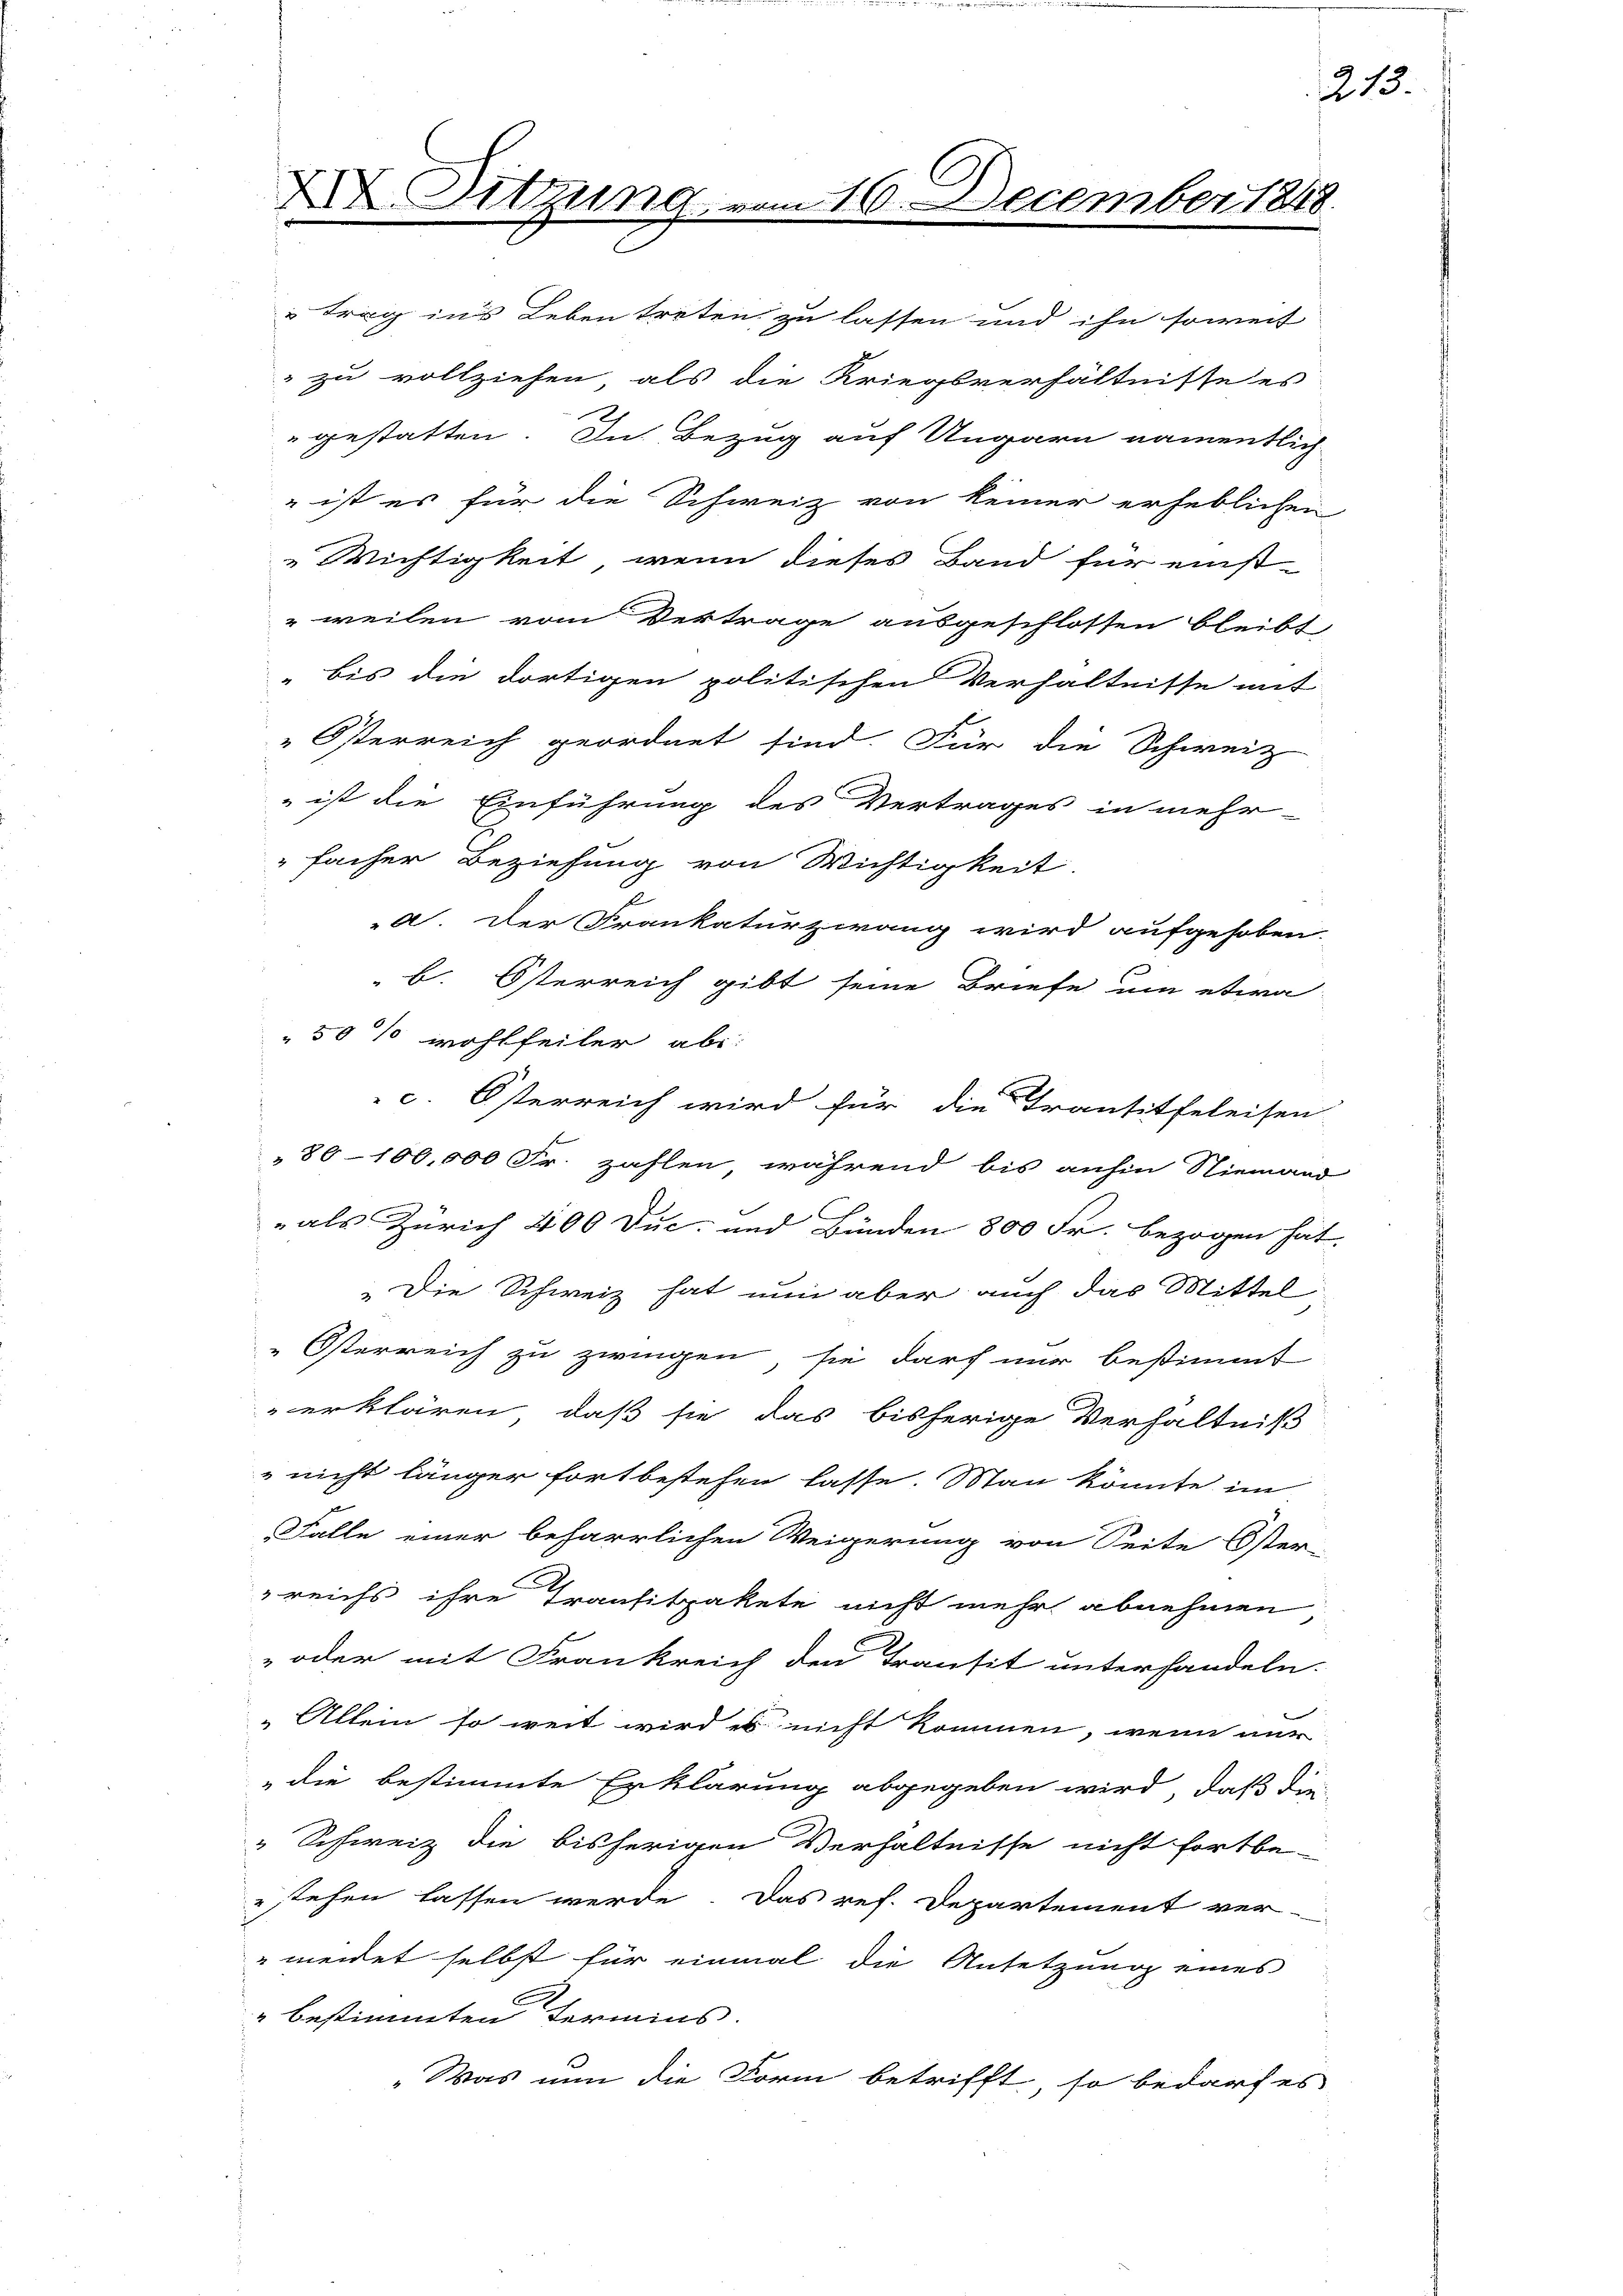
facher Beziehung von Wichtigkeit.
a. Der Frankaturzwang wird aufgehoben.
B. Österreich gibt seine Briefe um etwa
50% wohlfeiler ab:
c. Österreich wird für die Trantiteleisen
80–100,000 Fr. zahlen, während bis anhin Niemand
" als Zürich 400 Duc- und Bünden 800 Fr. bezogen hat
„Die Schweiz hat nun aber auch das Mittel
"Österreich zu zwingen, sie durch nur bestimmt
erklären, daß sie das bisherige Verhältniß
nicht länger fortbestehen lasse. Man könnte im
Falle einer beharrlichen Weigerung von Seite Öster-
reichs ihre Transitzakete nicht mehr abnehmen
-oder mit Frankreich den Transit unterhandeln.
„Allein so weit wird es nicht kommen, wenn nur
die bestimmte Erklärung abgegeben wird, daß die
" Schweiz die bisherigen Verhältnisse nicht fortbe-
stehen lassen werde. Das ref. Departement ver-
"meidet selbst für einmal die Ansetzung eines
" bestimmten Termins.
„Was nun die Form betrifft, so bedarf es

X Sitzung vom 16. December 1848.

213.

" trag in’s Leben treten zu lassen und ihn soweit
 zu vollziehen, als die Kriegsverhältnisse es
"gestatten. In Bezug auf Ungarn namentlich
 ist es für die Schweiz von keiner erheblichen
Wichtigkeit, wenn dieses Band für einst-
 weilen vom Vertrage ausgeschlossen bleibt,
 bis die dortigen politischen Verhältnisse mit
"Österreich geordnet sind. Für die Schweiz
 ist die Einführung des Vertrages in mehr-